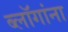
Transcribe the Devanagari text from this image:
ब्लॉगांना